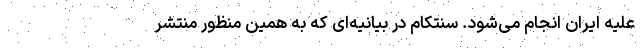
علیه ایران انجام می‌شود. سنتکام در بیانیه‌ای که به همین منظور منتشر